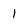
Character: 1